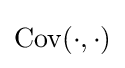
\operatorname {Cov} (\cdot ,\cdot )